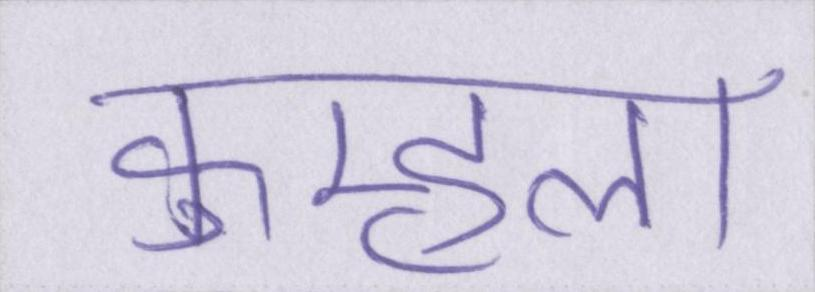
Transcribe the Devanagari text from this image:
कुम्हला